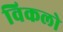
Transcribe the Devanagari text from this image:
विकलो